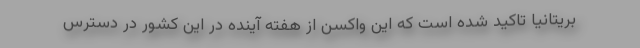
بریتانیا تاکید شده است که این واکسن از هفته آینده در این کشور در دسترس